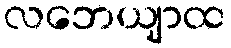
လဘေယျာထ